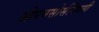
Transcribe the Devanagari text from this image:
ओपनसोर्सविषयी